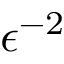
\epsilon ^ { - 2 }